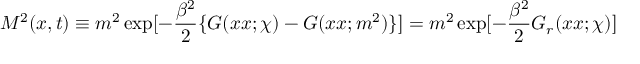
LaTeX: M ^ { 2 } ( x , t ) \equiv m ^ { 2 } \exp [ - { \frac { \beta ^ { 2 } } { 2 } } \{ G ( x x ; \chi ) - G ( x x ; m ^ { 2 } ) \} ] = m ^ { 2 } \exp [ - { \frac { \beta ^ { 2 } } { 2 } } G _ { r } ( x x ; \chi ) ]